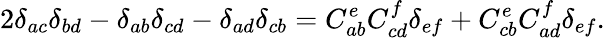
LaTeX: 2\delta_{ac}\delta_{bd}-\delta_{ab}\delta_{cd}-\delta_{ad}\delta_{cb}=C_{ab}^{e}C_{cd}^{f}\delta_{ef}+C_{cb}^{e}C_{ad}^{f}\delta_{ef}.